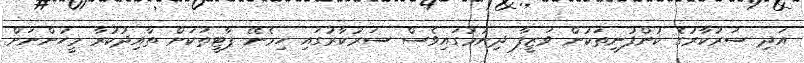
އަދި ސަރުކާރުގެ ކުންފުނިތަކުން ވަޒީފާ ދިނުމުގައިވެސް ސަރުކާރުގައި ހިމެނޭ ޕާޓީތަކަށް ތާއިދުކުރާ މީހުންނަށް